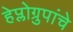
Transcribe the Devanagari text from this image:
हेप्लोग्रुपांचे